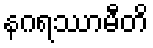
နဂရဿာမီတိ